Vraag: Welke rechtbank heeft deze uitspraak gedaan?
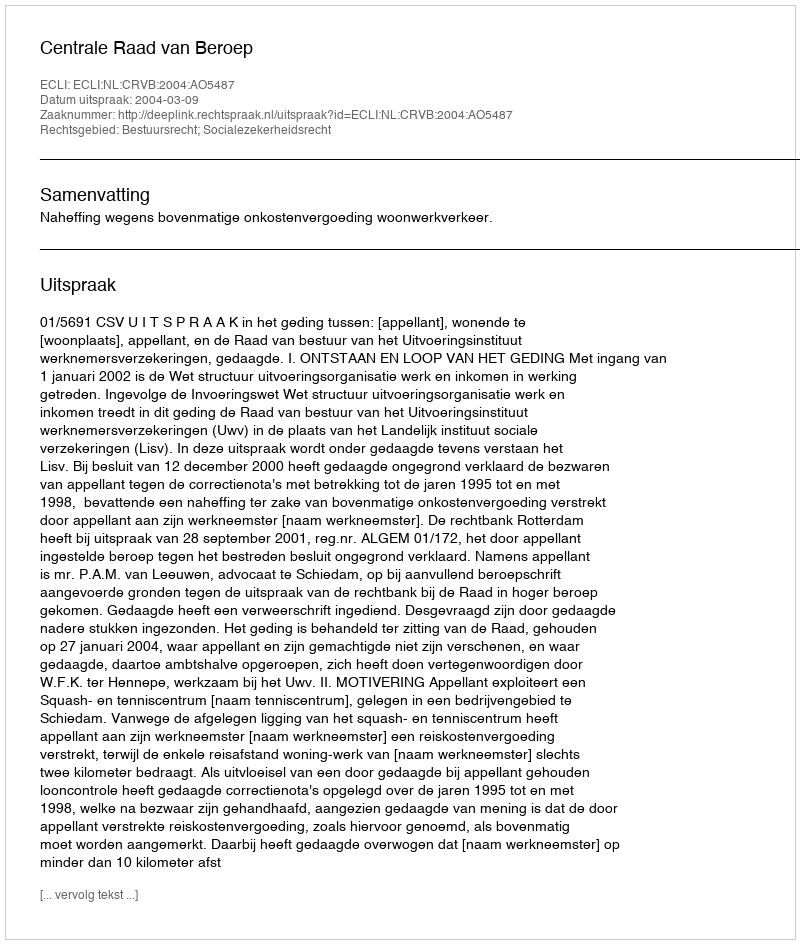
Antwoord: Centrale Raad van Beroep